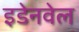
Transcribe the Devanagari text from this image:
इडेनवेल